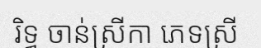
រិទ្ធ ចាន់ស្រីកា ភេទស្រី